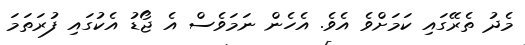
މެދު ތެރޭގައި ކަމަށްވެ އެވެ. އެހެން ނަމަވެސް އެ ޖޯޑު އެކުގައި ފުރަތަމަ